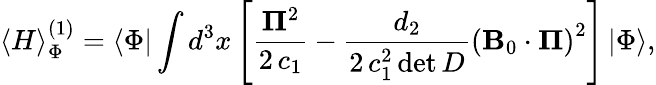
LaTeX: \left\langle H\right\rangle_{\Phi}^{\left(1\right)}=\left\langle\Phi\right|\int{{d^{3}}x}\left[{\frac{{{{\mathbf\Pi}^{2}}}}{{2\, {c_{1}}}}-\frac{{{d_{2}}}}{{2\, c_{1}^{2}\operatorname*{det}D}}{{\left({{\mathbf B}_{0}\cdot{\mathbf\Pi}}\right)}^{2}}}\right]\left|\Phi\right\rangle,